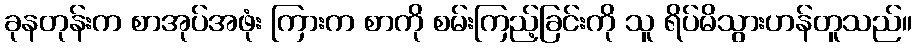
ခုနတုန်းက စာအုပ်အဖုံး ကြားက စာကို စမ်းကြည့်ခြင်းကို သူ ရိပ်မိသွားဟန်တူသည်။